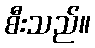
စီးသည်။